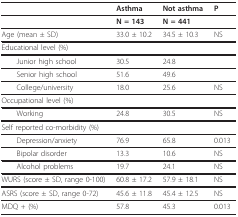
<table><thead><tr><td></td><td><b>Asthma</b></td><td><b>Not asthma</b></td><td><b>P</b></td></tr></thead><tbody><tr><td></td><td><b>N = 143</b></td><td><b>N = 441</b></td><td></td></tr><tr><td>Age (mean ± SD)</td><td>33.0 ± 10.2</td><td>34.5 ± 10.3</td><td>NS</td></tr><tr><td>Educational level (%)</td><td></td><td></td><td></td></tr><tr><td> Junior high school</td><td>30.5</td><td>24.8</td><td></td></tr><tr><td> Senior high school</td><td>51.6</td><td>49.6</td><td></td></tr><tr><td> College/university</td><td>18.0</td><td>25.6</td><td>NS</td></tr><tr><td>Occupational level (%)</td><td></td><td></td><td></td></tr><tr><td> Working</td><td>24.8</td><td>30.5</td><td>NS</td></tr><tr><td>Self reported co-morbidity (%)</td><td></td><td></td><td></td></tr><tr><td> Depression/anxiety</td><td>76.9</td><td>65.8</td><td>0.013</td></tr><tr><td> Bipolar disorder</td><td>13.3</td><td>10.6</td><td>NS</td></tr><tr><td> Alcohol problems</td><td>19.7</td><td>24.1</td><td>NS</td></tr><tr><td>WURS (score ± SD, range 0-100)</td><td>60.8 ± 17.2</td><td>57.9 ± 18.1</td><td>NS</td></tr><tr><td>ASRS (score ± SD, range 0-72)</td><td>45.6 ± 11.8</td><td>45.4 ± 12.5</td><td>NS</td></tr><tr><td>MDQ + (%)</td><td>57.8</td><td>45.3</td><td>0.013</td></tr></tbody></table>